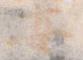
安